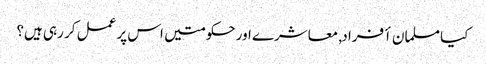
کیا مسلمان أفراد, معاشرے اور حکومتیں اس پر عمل کر رہی ہیں؟